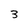
Character: 3